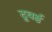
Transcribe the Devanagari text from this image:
टूवर्ड